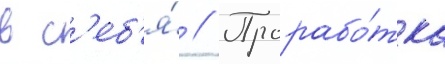
в с'еб'я́ // Прорабо́тка